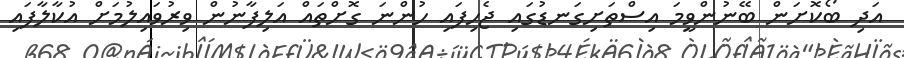
އަދި ބޯކޮށަން ބޭނުންވީމަ އިސްތަށިގަނޑުގައި ޖެހިފައި ހުންނަ ގޮށްތައް އަލިފާނުން ވިރުވައިލުމަށް އުކާލާފައި